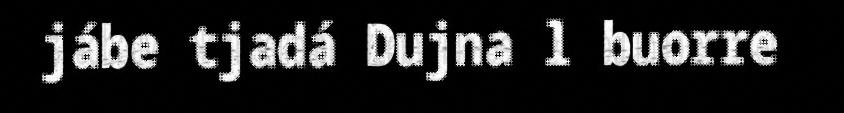
jábe tjadá Dujna l buorre